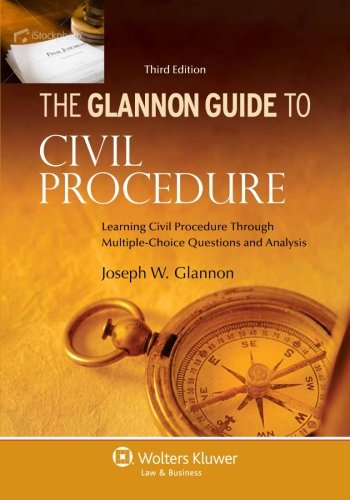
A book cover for Glannon Guide To Civil Procedure: Learning Civil Procedure Through Multiple-Choice Questions and Analysis, Third Edition; Joseph W. Glannon; Law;